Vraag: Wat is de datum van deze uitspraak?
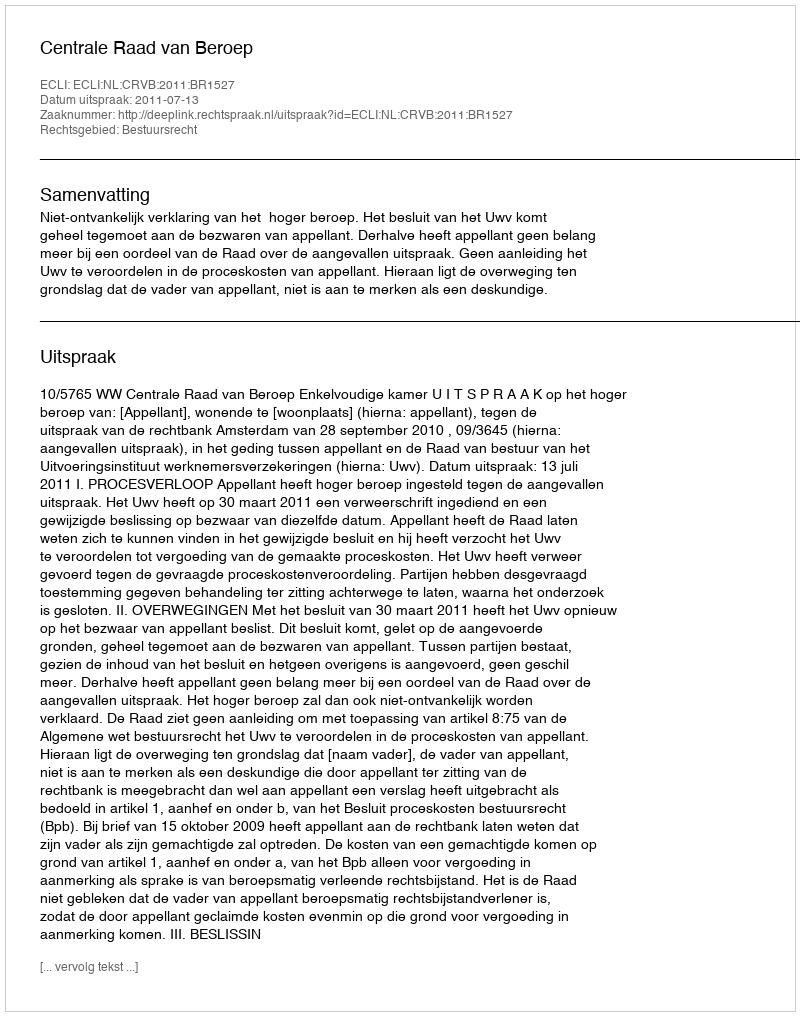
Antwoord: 2011-07-13